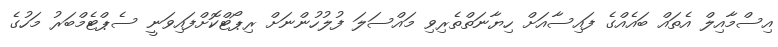
އިސްމާއިލް އެތައް ބައެއްގެ ފައިސާއަށް ހިޔާނަތްތެރިވި މައްސަލަ ފުލުހުންނަށް ރިޕޯޓްކޮށްފައިވަނީ ސެޕްޓެމްބަރު މަހުގެ